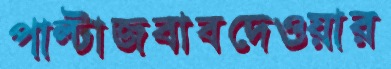
পাল্টাজবাবদেওয়ার